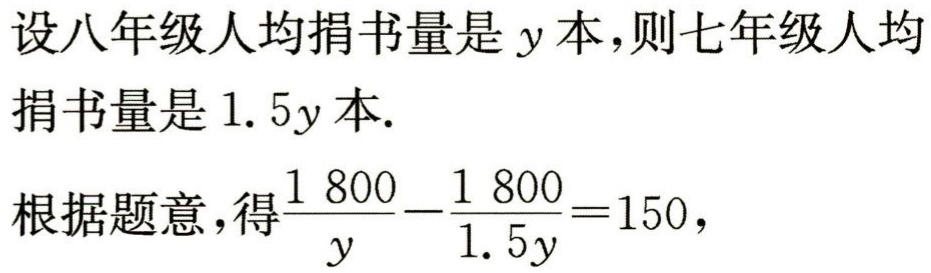
设八年级人均捐书量是\(y\)本,则七年级人均

捐书量是\(1.5y\)本.

根据题意,得\(\frac{1800}{y}-\frac{1800}{1.5y}=150\)，